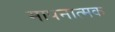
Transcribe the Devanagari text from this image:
मापनात्मक